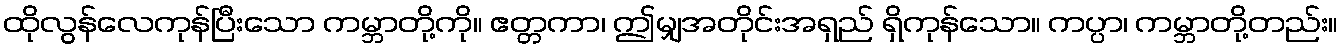
ထိုလွန်လေကုန်ပြီးသော ကမ္ဘာတို့ကို။ ဧတ္တကာ၊ ဤမျှအတိုင်းအရှည် ရှိကုန်သော။ ကပ္ပာ၊ ကမ္ဘာတို့တည်း။